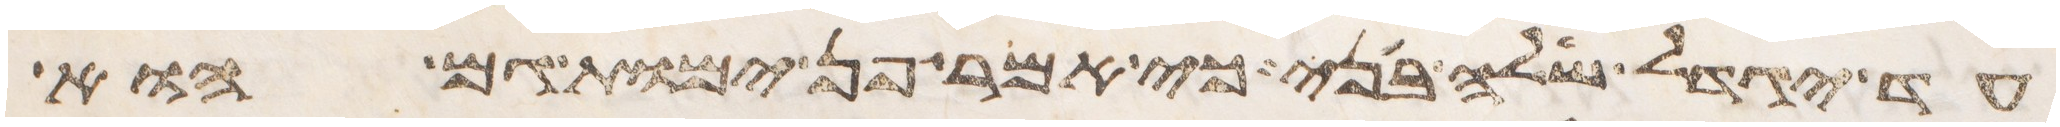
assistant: עד יגדל שלה בני כי אמר פן ימות גם הוא